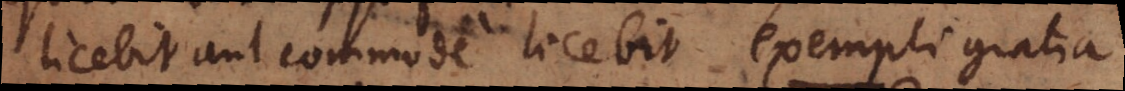
licebit aut commode licebit, exempli gratia